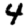
Digit: 4